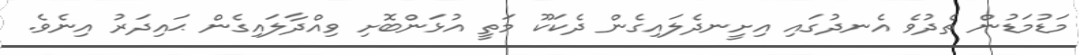
މަޑުމަޑުން ތެދުވެ އެނދުގައި އިށީނދެލައިގެން ދެކަކޫ މަތީ އުޅަންބޮށި ވިއްދާލައިގެން ޙައިދަރު އިނެވެ.